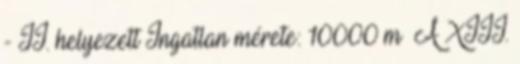
- II. helyezett Ingatlan mérete: 10000 m² A XIII.